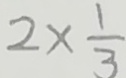
2 \times \frac { 1 } { 3 }